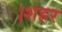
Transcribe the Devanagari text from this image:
।शहर